Indian journal of veterinary science and animal husbandry - Volumes 22-23, 1952-1953
Year: 1952
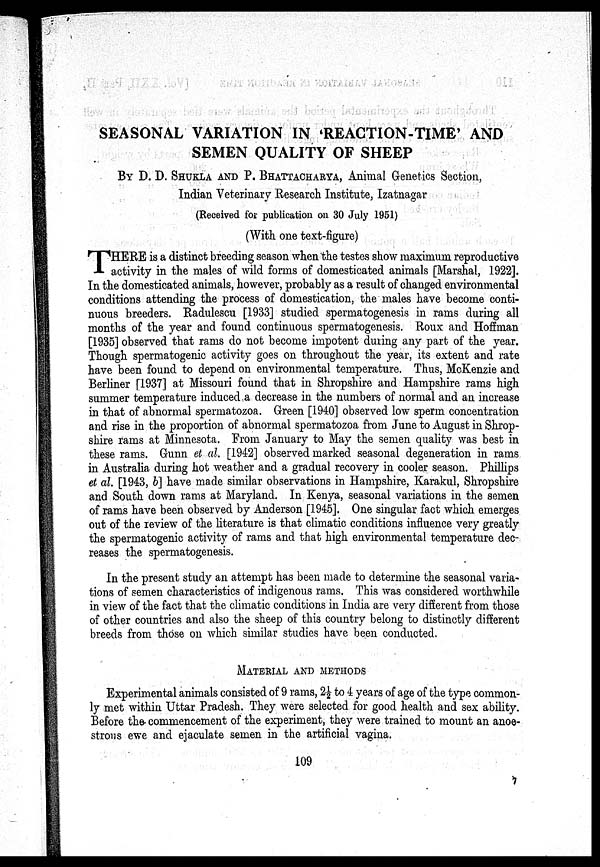
SEASONAL VARIATION IN 'REACTION-TIME' AND
SEMEN QUALITY OF SHEEP
BY D. D. SHUKLA AND P. BHATTACHARYA, Animal Genetics Section,
Indian Veterinary Research Institute, Izatnagar
(Received for publication on 30 July 1951)
(With one text-figure)
T HERE is a distinct breeding season when the testes show maximum reproductive
activity in the males of wild forms of domesticated animals [Marshal, 1922].
In the domesticated animals, however, probably as a result of changed environmental
conditions attending the process of domestication, the males have become conti-
nuous breeders. Radulescu [1933] studied spermatogenesis in rams during all
months of the year and found continuous spermatogenesis. Roux and Hoffman
[1935] observed that rams do not become impotent during any part of the year.
Though spermatogenic activity goes on throughout the year, its extent and rate
have been found to depend on environmental temperature. Thus, McKenzie and
Berliner [1937] at Missouri found that in Shropshire and Hampshire rams high
summer temperature induced a decrease in the numbers of normal and an increase
in that of abnormal spermatozoa. Green [1940] observed low sperm concentration
and rise in the proportion of abnormal spermatozoa from June to August in Shrop-
shire rams at Minnesota. From January to May the semen quality was best in
these rams. Gunn et al. [1942] observed marked seasonal degeneration in rams
in Australia during hot weather and a gradual recovery in cooler season. Phillips
et al. [1943, b] have made similar observations in Hampshire, Karakul, Shropshire
and South down rams at Maryland. In Kenya, seasonal variations in the semen
of rams have been observed by Anderson [1945]. One singular fact which emerges
out of the review of the literature is that climatic conditions influence very greatly
the spermatogenic activity of rams and that high environmental temperature dec-
reases the spermatogenesis.
In the present study an attempt has been made to determine the seasonal varia-
tions of semen characteristics of indigenous rams. This was considered worthwhile
in view of the fact that the climatic conditions in India are very different from those
of other countries and also the sheep of this country belong to distinctly different
breeds from those on which similar studies have been conducted.
MATERIAL AND METHODS
Experimental animals consisted of 9 rams, 2½ to 4 years of age of the type common-
ly met within Uttar Pradesh. They were selected for good health and sex ability.
Before the commencement of the experiment, they were trained to mount an anoe-
strous ewe and ejaculate semen in the artificial vagina.
109
7